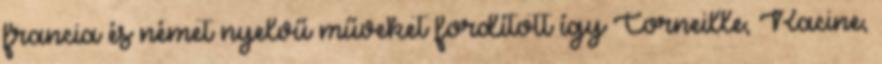
francia és német nyelvű műveket fordított így Corneille, Racine,